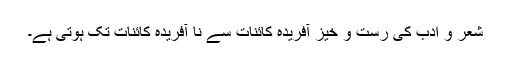
شعر و ادب کی رست و خیز آفریدہ کائنات سے نا آفریدہ کائنات تک ہوتی ہے۔